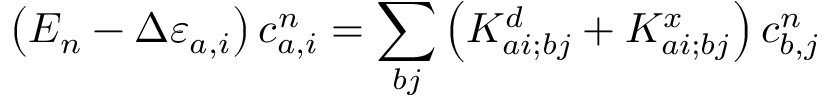
\left( E _ { n } - \Delta \varepsilon _ { a , i } \right) c _ { a , i } ^ { n } = \sum _ { b j } \left( K _ { a i ; b j } ^ { d } + K _ { a i ; b j } ^ { x } \right) c _ { b , j } ^ { n }